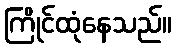
ကြိုင်ထုံနေသည်။